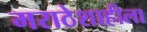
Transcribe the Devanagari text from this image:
मराठेशाहीला